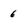
Character: 6